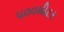
૫૦૦મીટર